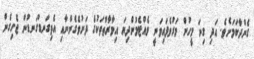
ގެންދާކަމަށެވެ. އަދި ގިނަ މީހުން މަރުވެފައިވަނީ ވެއްޓެމުންދިޔަ އިމާރާތްތަކުގެ ދަށުވެގެންނާއި އެތިގަނޑުގަނޑުން ޖެހިގެން